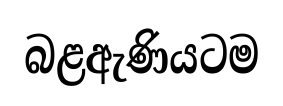
බළඇණියටම